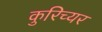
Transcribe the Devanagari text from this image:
कुरिच्यर